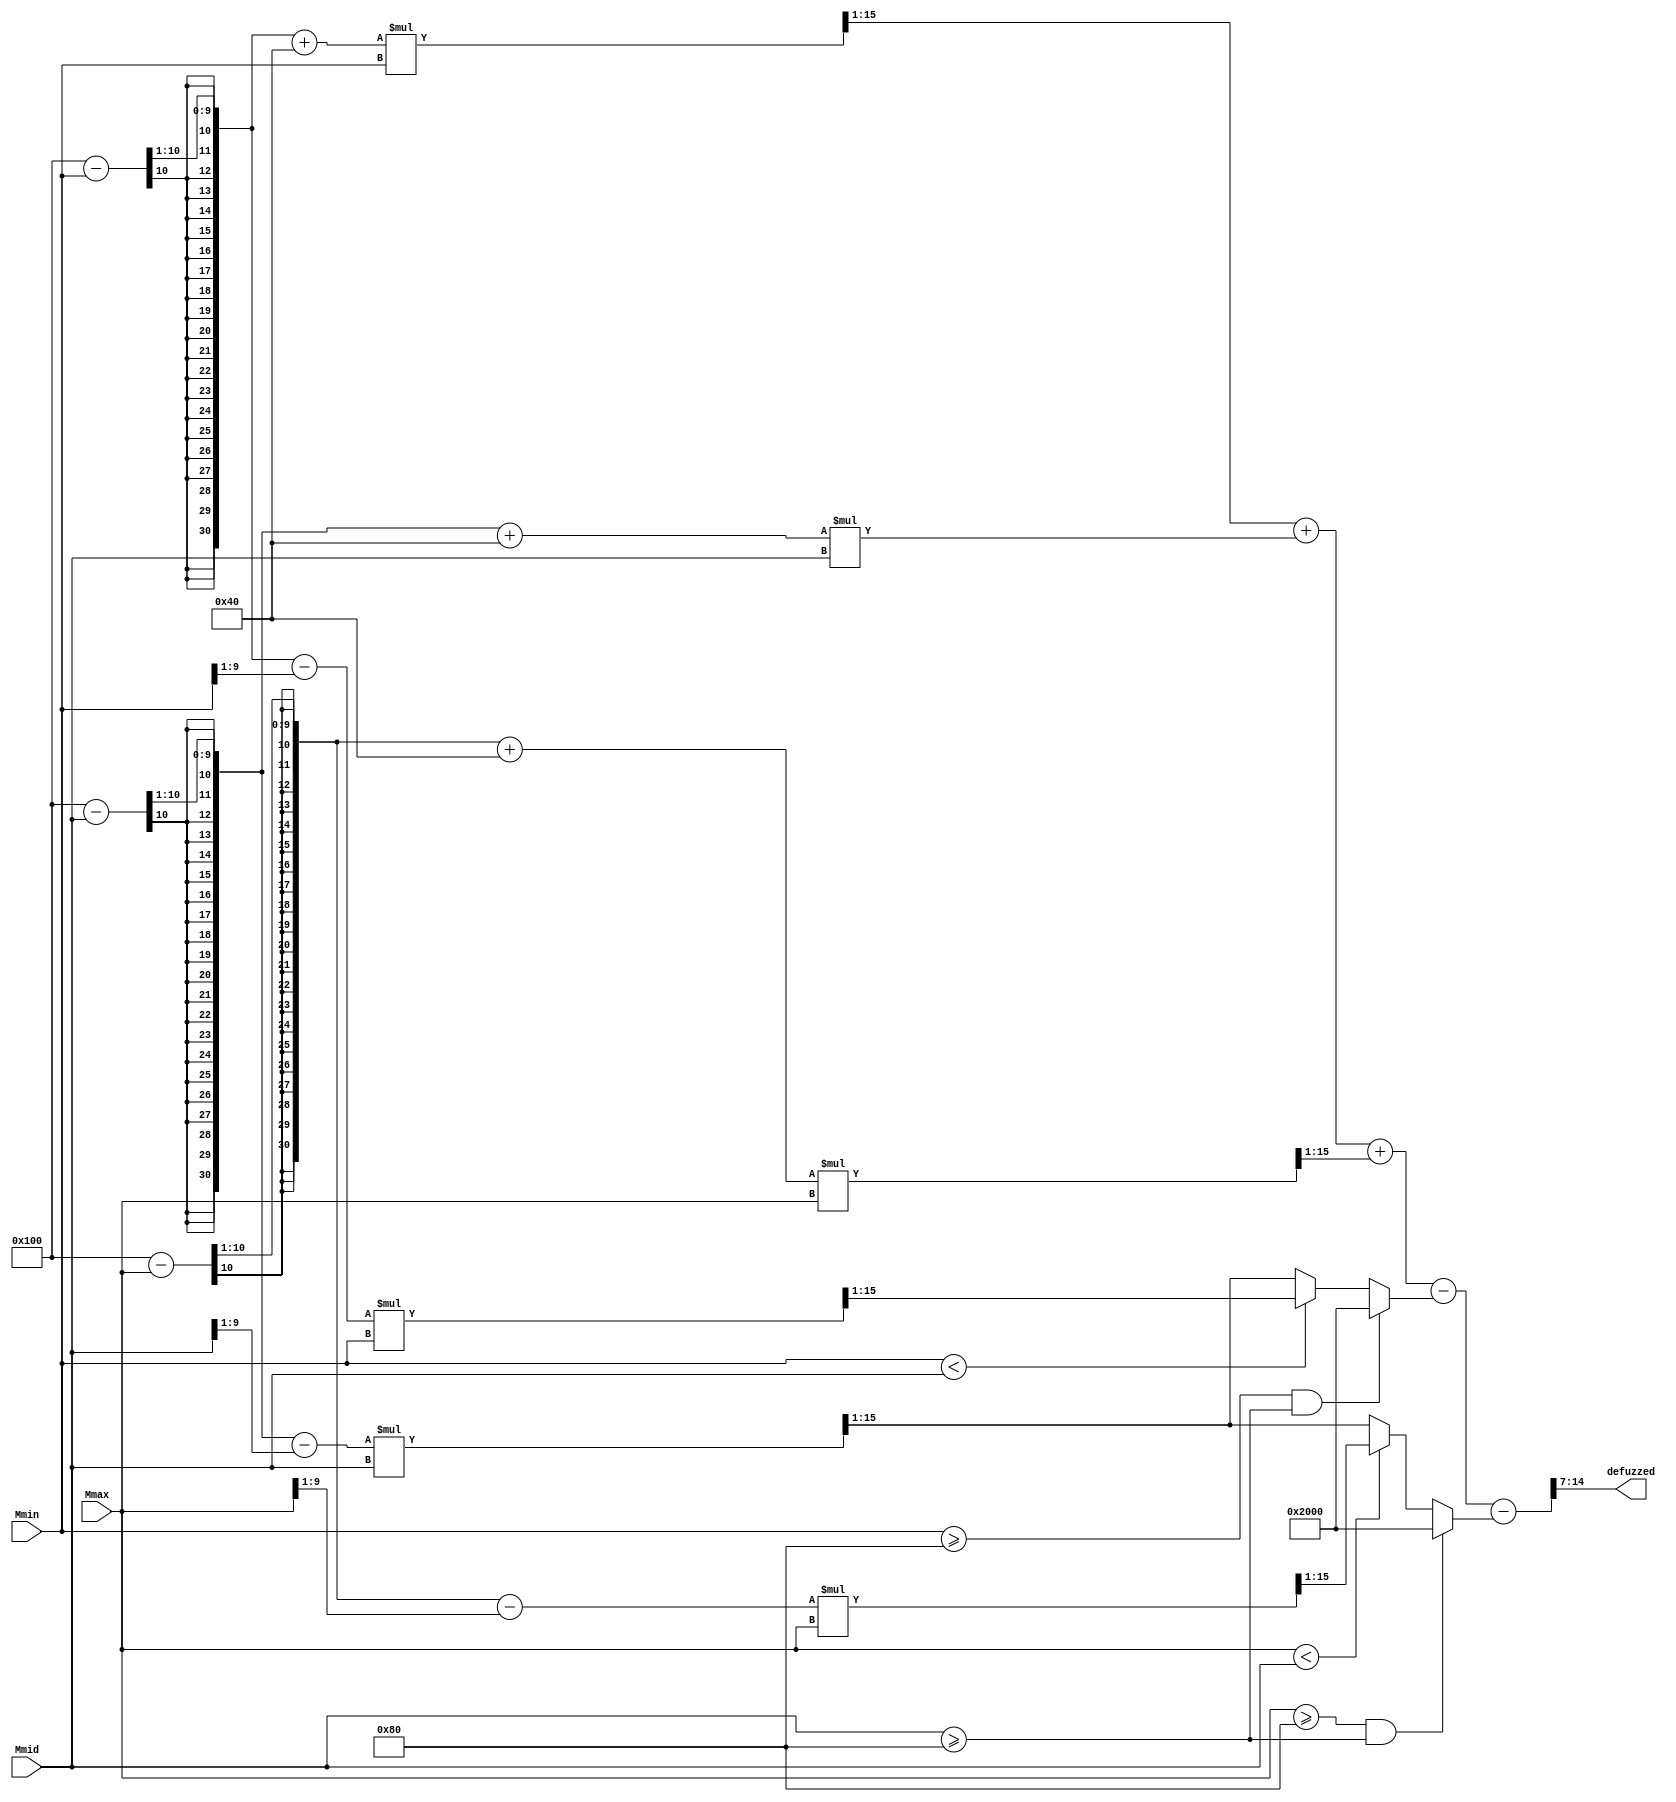
module De_fuzz(
    input [9:0] Mmin,
    input [9:0] Mmid,
    input [9:0] Mmax,
    output [7:0] defuzzed
    );
    
    wire [20:0] AMmin     = (((((1<<8)-Mmin)>>1)+(1<<6))*Mmin)>>1;
    wire [20:0] AMmid     = (((((1<<8)-Mmid)>>1)+(1<<6))*Mmid)   ;
    wire [20:0] AMmax     = (((((1<<8)-Mmax)>>1)+(1<<6))*Mmax)>>1;
    
    wire [20:0] Aoverlap1 = ((Mmin >= (1<<7)) && (Mmid >= (1<<7))) ? (1<<13):(
                                                                            (Mmin < Mmid) ? (((((1<<8)-Mmin)>>1) - (Mmin>>1))*Mmin)>>1 :
                                                                                            (((((1<<8)-Mmid)>>1) - (Mmid>>1))*Mmid)>>1                                                                                                                                                                                                   
                                                                            );
                                                                            
    wire [20:0] Aoverlap2 = ((Mmax >= (1<<7)) && (Mmid >= (1<<7))) ? (1<<13):(
                                                                            (Mmax < Mmid) ? (((((1<<8)-Mmax)>>1) - (Mmax>>1))*Mmax)>>1 :
                                                                                            (((((1<<8)-Mmid)>>1) - (Mmid>>1))*Mmid)>>1                                                                                                                                                                                                   
                                                                            ); 
    wire [22:0] avg = (AMmin + AMmid + AMmax - Aoverlap1 - Aoverlap2)>>7;
    //assign defuzzed = (avg > (((1<<7)+(1<<6))*3)) ? 8'h00
    //                                              : (avg> ((1<<6)*3)) ? 8'h0f : 
     //                                                                   8'hff;
     assign defuzzed = avg[7:0];   
      //assign defuzzed = (Mmin > Mmid) ? 8'hff : 
       //                                       ((Mmid>Mmax) ? 8'h0f : 8'hff);
endmodule